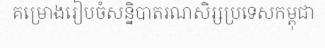
គម្រោងរៀបចំសន្និបាតរណសិរ្សប្រទេសកម្ពុជា